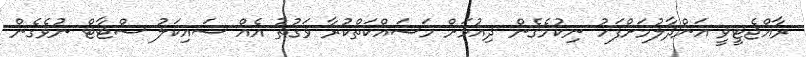
ރާއްޖެޓީވީ އަންދާލުމަށްފަހު ނިކުމެގެން ދިއުމަށް މަސައްކަތްކުރާ ވަގުތު އެއް ސައިކަލު ސްޓާޓް ނުވެގެން